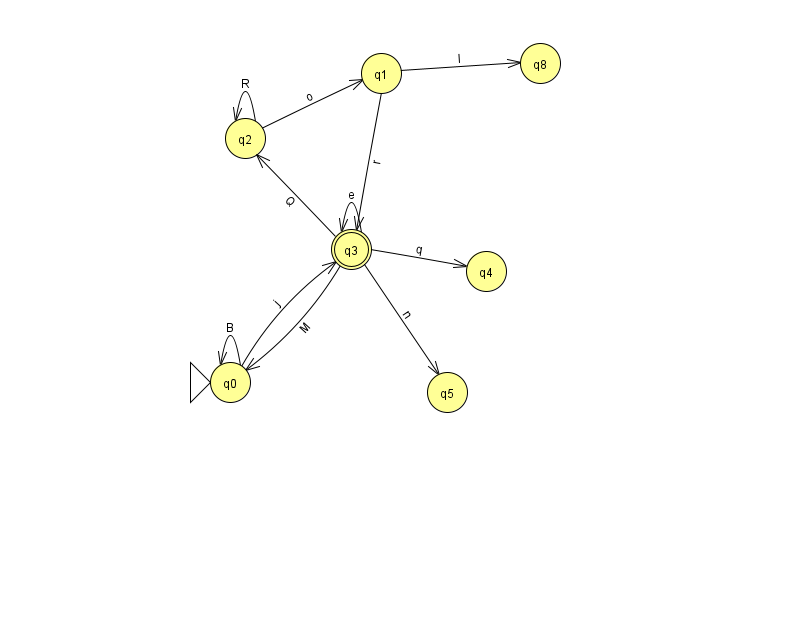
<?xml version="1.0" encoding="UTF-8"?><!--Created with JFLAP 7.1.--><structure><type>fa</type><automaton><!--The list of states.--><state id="0" name="q0"><x>230.0</x><y>369.0</y><initial/></state><state id="1" name="q1"><x>381.0</x><y>60.0</y></state><state id="2" name="q2"><x>245.0</x><y>125.0</y></state><state id="3" name="q3"><x>351.0</x><y>236.0</y><final/></state><state id="4" name="q4"><x>486.0</x><y>258.0</y></state><state id="5" name="q5"><x>447.0</x><y>379.0</y></state><state id="8" name="q8"><x>540.0</x><y>50.0</y></state><!--The list of transitions.--><transition><from>0</from><to>0</to><read>B</read></transition><transition><from>2</from><to>2</to><read>R</read></transition><transition><from>3</from><to>5</to><read>n</read></transition><transition><from>3</from><to>3</to><read>e</read></transition><transition><from>3</from><to>0</to><read>M</read></transition><transition><from>1</from><to>3</to><read>r</read></transition><transition><from>3</from><to>2</to><read>Q</read></transition><transition><from>2</from><to>1</to><read>o</read></transition><transition><from>3</from><to>4</to><read>q</read></transition><transition><from>0</from><to>3</to><read>j</read></transition><transition><from>1</from><to>8</to><read>I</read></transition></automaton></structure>